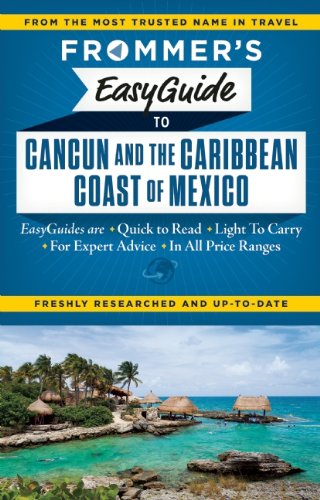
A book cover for Frommer's EasyGuide to Cancun and the Caribbean Coast of Mexico (Easy Guides); Christine Delsol; Travel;